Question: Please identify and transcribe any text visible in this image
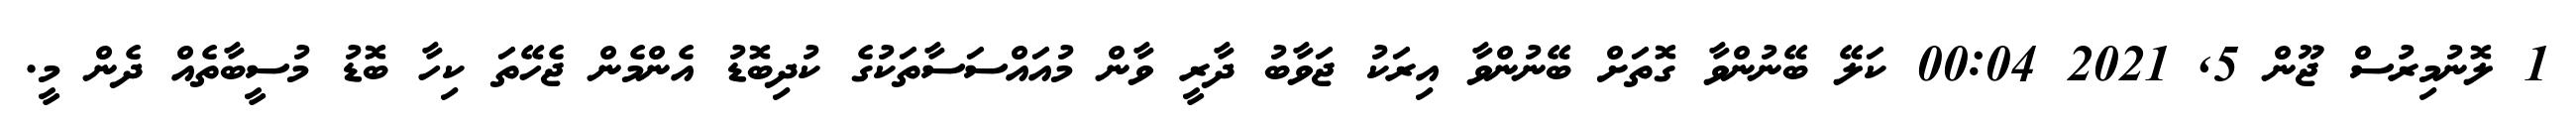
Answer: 1 ލޮނުމިރުސް ޖޫން 5, 2021 00:04 ކަލޭ ބޭނުންވާ ގޮތަށް ބޭނުންވާ އިރަކު ޖަވާބު ދާރީ ވާން މުއައްސަސާތަކުގެ ކުދިބޮޑު އެންމެން ޖެހޭތަ ކިހާ ބޮޑު މުސީބާތެއް ދެން މީ.